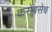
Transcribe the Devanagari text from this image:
कसेबसेच